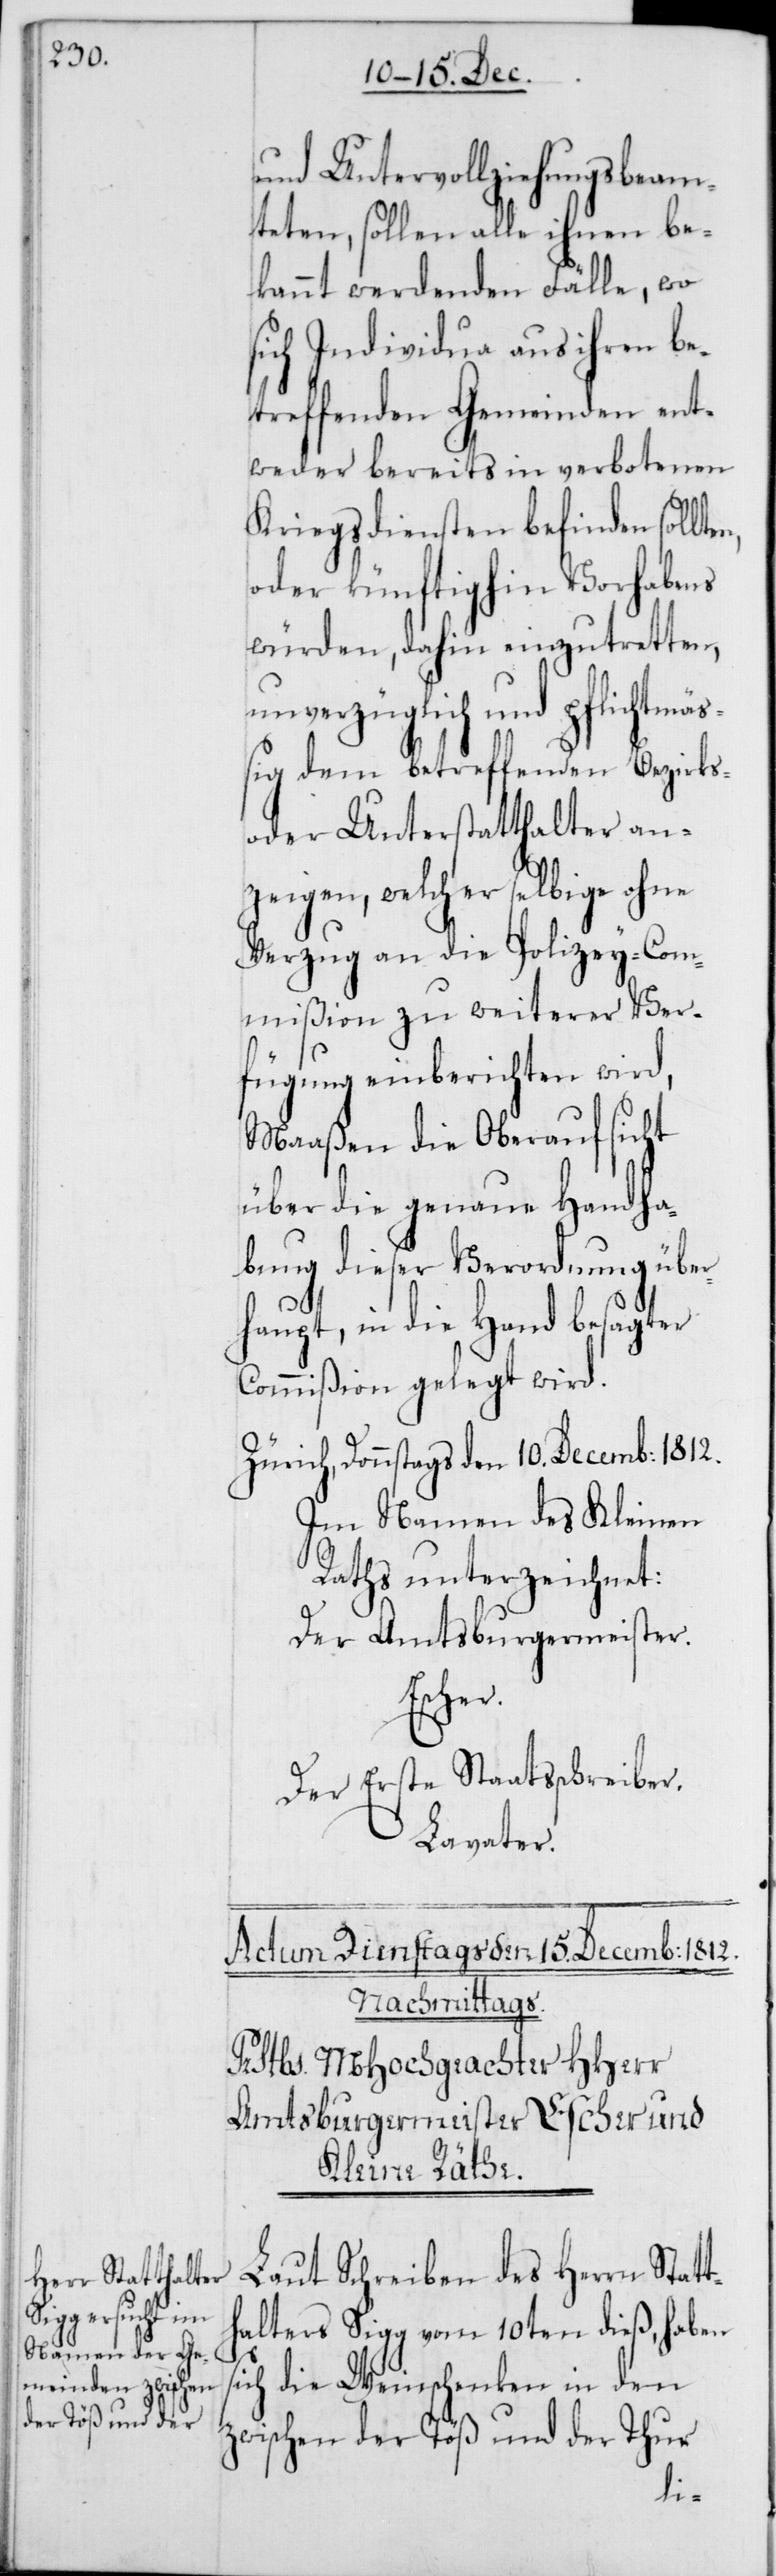
und Untervollziehungs-Beam¬
teten, sollen alle ihnen be¬
kannt werdenden Fälle, wo
sich Individua aus ihren be¬
treffenden Gemeinden ent¬
weder bereits in verbotenen
Kriegsdiensten befinden sollt¬
oder künftighin Vorhabens
würden, dahin einzutretten,
unverzüglich und pflichtmäß¬
ig dem betreffenden Bezirks-
oder Unterstatthalter an¬
zeigen, welcher selbige ohne
Verzug an die Polizey-Com¬
mißion zu weiterer Ver¬
fügung einberichten wird,
Maaßen die Oberaufsicht
über die genaue Handha¬
bung dieser Verordnung über¬
haupt, in die Hand besagter
Commißion gelegt wird.
Zürich, Donnstags den 10. Decemb: 1812.
Im Namen des Kleinen
Raths unterzeichnet:
Der Amtsburgermeister.
Escher.
Der Erste Staatsschreiber.
Lavater.
Laut Schreiben des Herrn Statt¬
halters Sigg vom 10ten dieß, haben
ch die Weinschenken in den
zwischen der Töß und der Thur
si¬